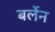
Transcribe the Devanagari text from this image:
बर्लेन